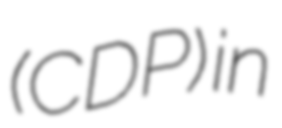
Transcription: (CDP) in